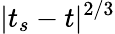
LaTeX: |t_{s}-t|^{2/3}